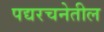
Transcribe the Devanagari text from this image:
पद्यरचनेतील